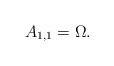
LaTeX: \begin{align*}A_{1, 1} = \Omega.\end{align*}